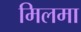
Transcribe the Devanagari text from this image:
मिलमा